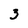
Character: 3